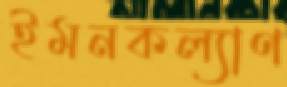
ইমনকল্যাণ